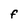
Character: f